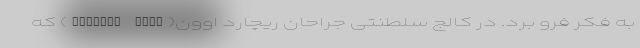
به فکر فرو برد. در کالج سلطنتی جراحان ریچارد اوون(Richard Owen) که